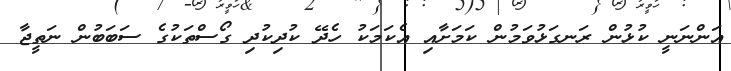
އަންނަނީ ކުޅުން ރަނގަޅުވަމުން ކަމަށާއި އެކަމަކު ހެދޭ ކުދިކުދި ގޯސްތަކުގެ ސަބަބުން ނަތީޖާ